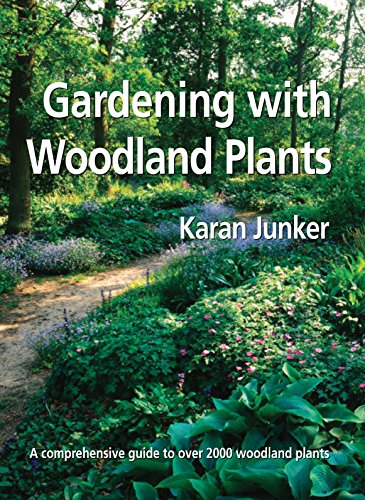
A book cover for Gardening with Woodland Plants; Karan Junker; Crafts, Hobbies & Home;